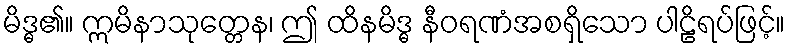
မိဒ္ဓ၏။ ဣမိနာသုတ္တေန၊ ဤ ထိနမိဒ္ဓ နီဝရဏံအစရှိသော ပါဠိရပ်ဖြင့်။